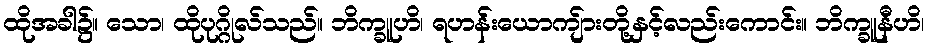
ထိုအခါ၌။ သော၊ ထိုပုဂ္ဂိုလ်သည်။ ဘိက္ခူဟိ၊ ရဟန်းယောကျ်ားတို့နှင့်လည်းကောင်း။ ဘိက္ခူနီဟိ၊